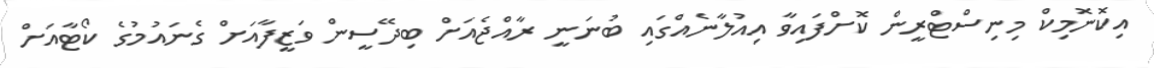
އިކޮނޮމިކް މިނިސްޓްރީން ކޮށްފައިވާ އިއުލާނެއްގައި ބުނަނީ ރާއްޖެއަށް ބިދޭސީން ވަޒީފާއަށް ގެނައުމުގެ ކޯޓާއަށް